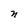
Character: n